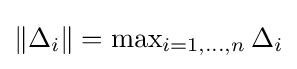
{\textstyle \|\Delta _{i}\|=\max _{i=1,\ldots ,n}\Delta _{i}}